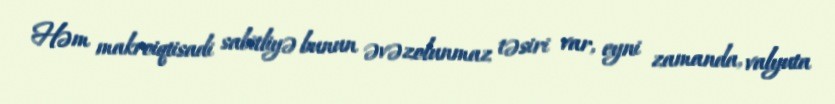
Həm makroiqtisadi sabitliyə bunun əvəzolunmaz təsiri var, eyni zamanda, valyuta